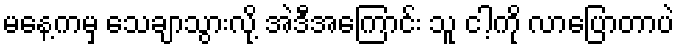
မနေ့ကမှ သေချာသွားလို့ အဲဒီအကြောင်း သူ ငါ့ကို လာပြောတာပဲ